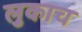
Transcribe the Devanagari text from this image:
लुकाच